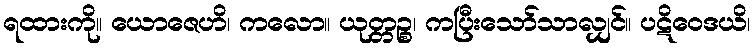
ရထားကို။ ယောဇေဟိ၊ ကလော။ ယုတ္တဉ္စ၊ ကပြီးသော်သာလျှင်။ ပဋိဝေဒယိ၊